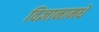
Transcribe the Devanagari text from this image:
विज्ञानामधे